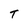
Character: T